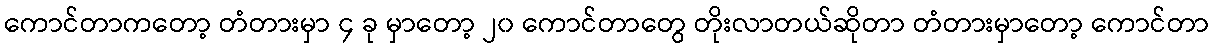
ကောင်တာကတော့ တံတားမှာ ၄ ခု မှာတော့ ၂၀ ကောင်တာတွေ တိုးလာတယ်ဆိုတာ တံတားမှာတော့ ကောင်တာ